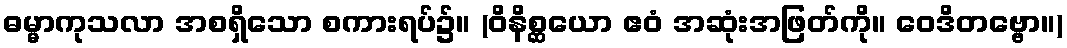
ဓမ္မာကုသလာ အစရှိသော စကားရပ်၌။ (ဝိနိစ္ဆယော ဧဝံ အဆုံးအဖြတ်ကို။ ဝေဒိတဗ္ဗော။)